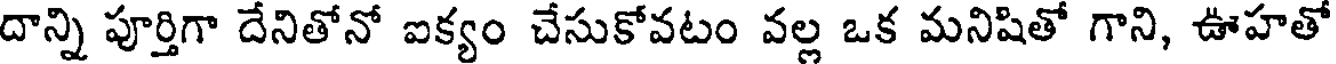
దాన్ని పూర్తిగా దేనితోనో ఐక్యం చేసుకోవటం వల్ల ఒక మనిషితో గాని, ఊహతో